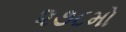
૨૭૮મો